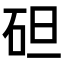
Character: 𥑲